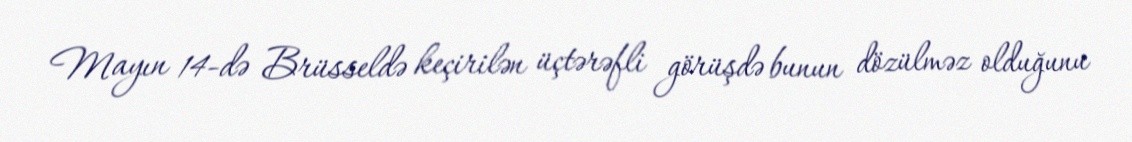
Mayın 14-də Brüsseldə keçirilən üçtərəfli görüşdə bunun dözülməz olduğunu